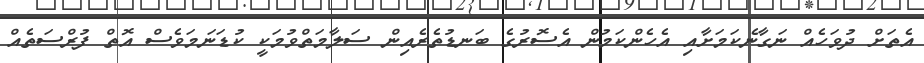
އެތަށް ދުވަހެއް ނަގާނެކަމަށާއި އެހެންކަމުން އެސޮރުގެ ބަނޑުތެރެއިން ސަލާމަތްވުމަކީ ކުޑަނަމަވެސް އޮތް ފުރްސަތެއް